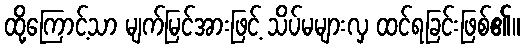
ထို့ကြောင့်သာ မျက်မြင်အားဖြင့် သိပ်မများလှ ထင်ရခြင်းဖြစ်၏။